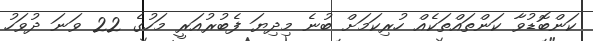
ކަންބޮޑުވާ ކަންތައްތަކެއް ހުރިކަމަށް ބުނެ މިދިޔަ ފެބުރުއަރީ މަހުގެ 22 ވަނަ ދުވަހު